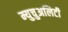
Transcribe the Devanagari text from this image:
म्युचुअलिटी